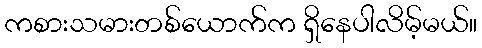
ကစားသမားတစ်ယောက်က ရှိနေပါလိမ့်မယ်။